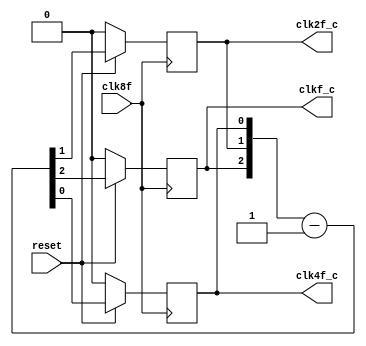
module clkgen (  
    output reg              clkf_c,       //Cuatro seales de reloj, la fundamental es 8f Hz
    output reg              clk2f_c,      //clk4f tiene una frecuencia de 4f Hz,
    output reg              clk4f_c,      //clk2f de 2f Hz y clkf de f Hz
    input                   clk8f,
    input                   reset);      

always @(posedge clk8f) begin
    if (reset == 0) begin
        clk4f_c <= 0;
        clk2f_c <= 0;
        clkf_c <= 0;        
    end
    else begin
    {clkf_c, clk2f_c, clk4f_c} <= {clkf_c, clk2f_c, clk4f_c} - 1;
    end
end

endmodule